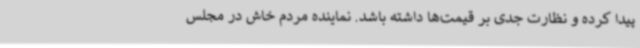
پیدا کرده و نظارت جدی بر قیمت‌ها داشته باشد. نماینده مردم خاش در مجلس